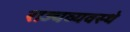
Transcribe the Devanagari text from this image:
राज्यव्यवस्थे